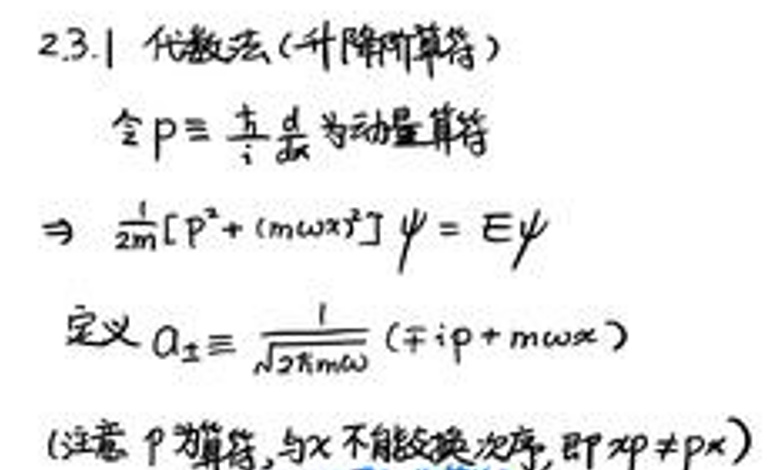
2.3.1 代数法（升降算符）\\
令\(p\equiv\frac{\hbar}{i}\frac{\partial}{\partial x}\)为动量算符\\
\(\Rightarrow\frac{1}{2m}[p^2+(m\omega x)^2]\psi = E\psi\)\\
定义\(a_{\pm}\equiv\frac{1}{\sqrt{2\hbar m\omega}}(\pm ip + m\omega x)\)\\
(注意p为算符，与x不能交换次序，即\(xp\neq px)\)